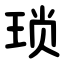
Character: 琐